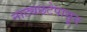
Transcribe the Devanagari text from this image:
नाट्यछटेपासून